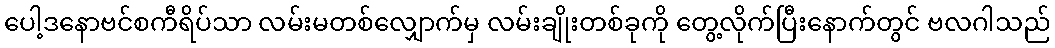
ပေါ့ဒနောဗင်စကီရိပ်သာ လမ်းမတစ်လျှောက်မှ လမ်းချိုးတစ်ခုကို တွေ့လိုက်ပြီးနောက်တွင် ဗလဂါသည်